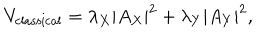
V _ { \mathrm { c l a s s i c a l } } = \lambda _ { X } | A _ { X } | ^ { 2 } + \lambda _ { Y } | A _ { Y } | ^ { 2 } ,